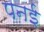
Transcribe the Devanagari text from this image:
पनई